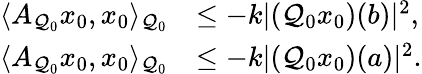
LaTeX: \begin{array}{rl}{\langle A_{\mathcal{Q}_{0}}x_{0},x_{0}\rangle_{\mathcal{Q}_{0}}}&{\leq-k|(\mathcal{Q}_{0}x_{0})(b)|^{2},}\\ {\langle A_{\mathcal{Q}_{0}}x_{0},x_{0}\rangle_{\mathcal{Q}_{0}}}&{\leq-k|(\mathcal{Q}_{0}x_{0})(a)|^{2}.}\end{array}